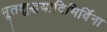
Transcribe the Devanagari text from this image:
भूतशुद्धयादिभिर्विना